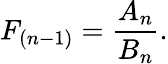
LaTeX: F_{(n-1)}=\frac{A_{n}}{B_{n}}.